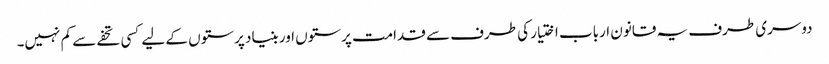
دوسری طرف یہ قانون ارباب اختیار کی طرف سے قدامت پرستوں اور بنیاد پرستوں کے لیے کسی تحفے سے کم نہیں۔